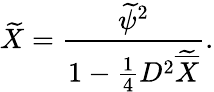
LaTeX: \widetilde X={\frac{\widetilde\psi^{2}}{1-{\frac{1}{4}}D^{2}\widetilde{\overline{{X}}}}}.